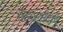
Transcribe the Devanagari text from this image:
सहजानंदांचे